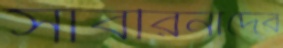
সাবরিনাদের